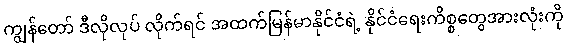
ကျွန်တော် ဒီလိုလုပ် လိုက်ရင် အထက်မြန်မာနိုင်ငံရဲ့ နိုင်ငံရေးကိစ္စတွေအားလုံးကို